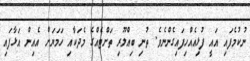
ނުކުމެފައި އައީ ފުޅިއެއްހިފައިގެންނެވެ. ތުނި ބިއްލޫރި ތަށްޓެއްގެ މެދަކާއި ހަމަޔަށް އެއިން އަޅާފައި